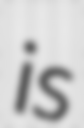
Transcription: is